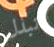
تبذل